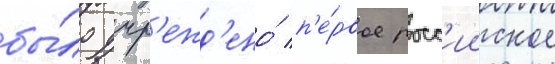
бы́ло учр'ежд'ено́ п'е́рвое росс'ииское